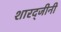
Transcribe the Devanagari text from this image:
शारद्जीनी